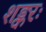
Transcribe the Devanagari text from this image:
शङ्करः